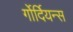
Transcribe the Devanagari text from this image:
र्गोर्दियन्स